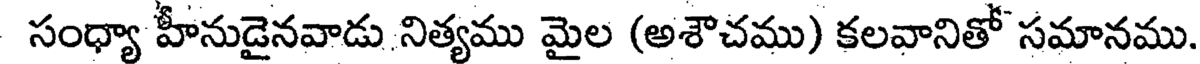
సంధ్యా హీనుడైనవాడు నిత్యము మైల (అశౌచము) కలవానితో సమానము